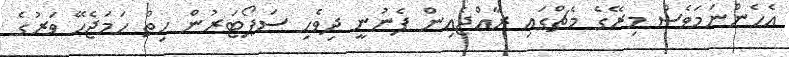
އެހެންނަމަވެސް މިރޭގެ މެޗްގައި ރާއްޖެއިން ފެނުނީ ދިވެހި ސަޕޯޓަރުން ހިތް ހަމަޖެހޭ ވަރުގެ